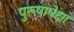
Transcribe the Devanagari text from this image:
पुरुषापेक्षा